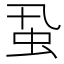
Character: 𧈲